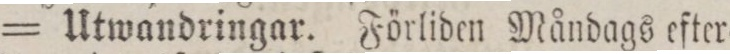
= Utwandringar. Förliden Måndags efter=